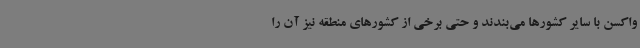
واکسن با سایر کشورها می‌بندند و حتی برخی از کشورهای منطقه نیز آن را